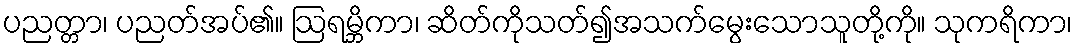
ပညတ္တာ၊ ပညတ်အပ်၏။ ဩရမ္ဘိကာ၊ ဆိတ်ကိုသတ်၍အသက်မွေးသောသူတို့ကို။ သုကရိကာ၊